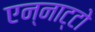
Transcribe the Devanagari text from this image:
एन्नाट्टो